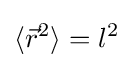
\langle {\vec {r}}^{2}\rangle =l^{2}